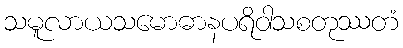
သမူလာယသမောဓာနပရိဝါသစတုဿတံ